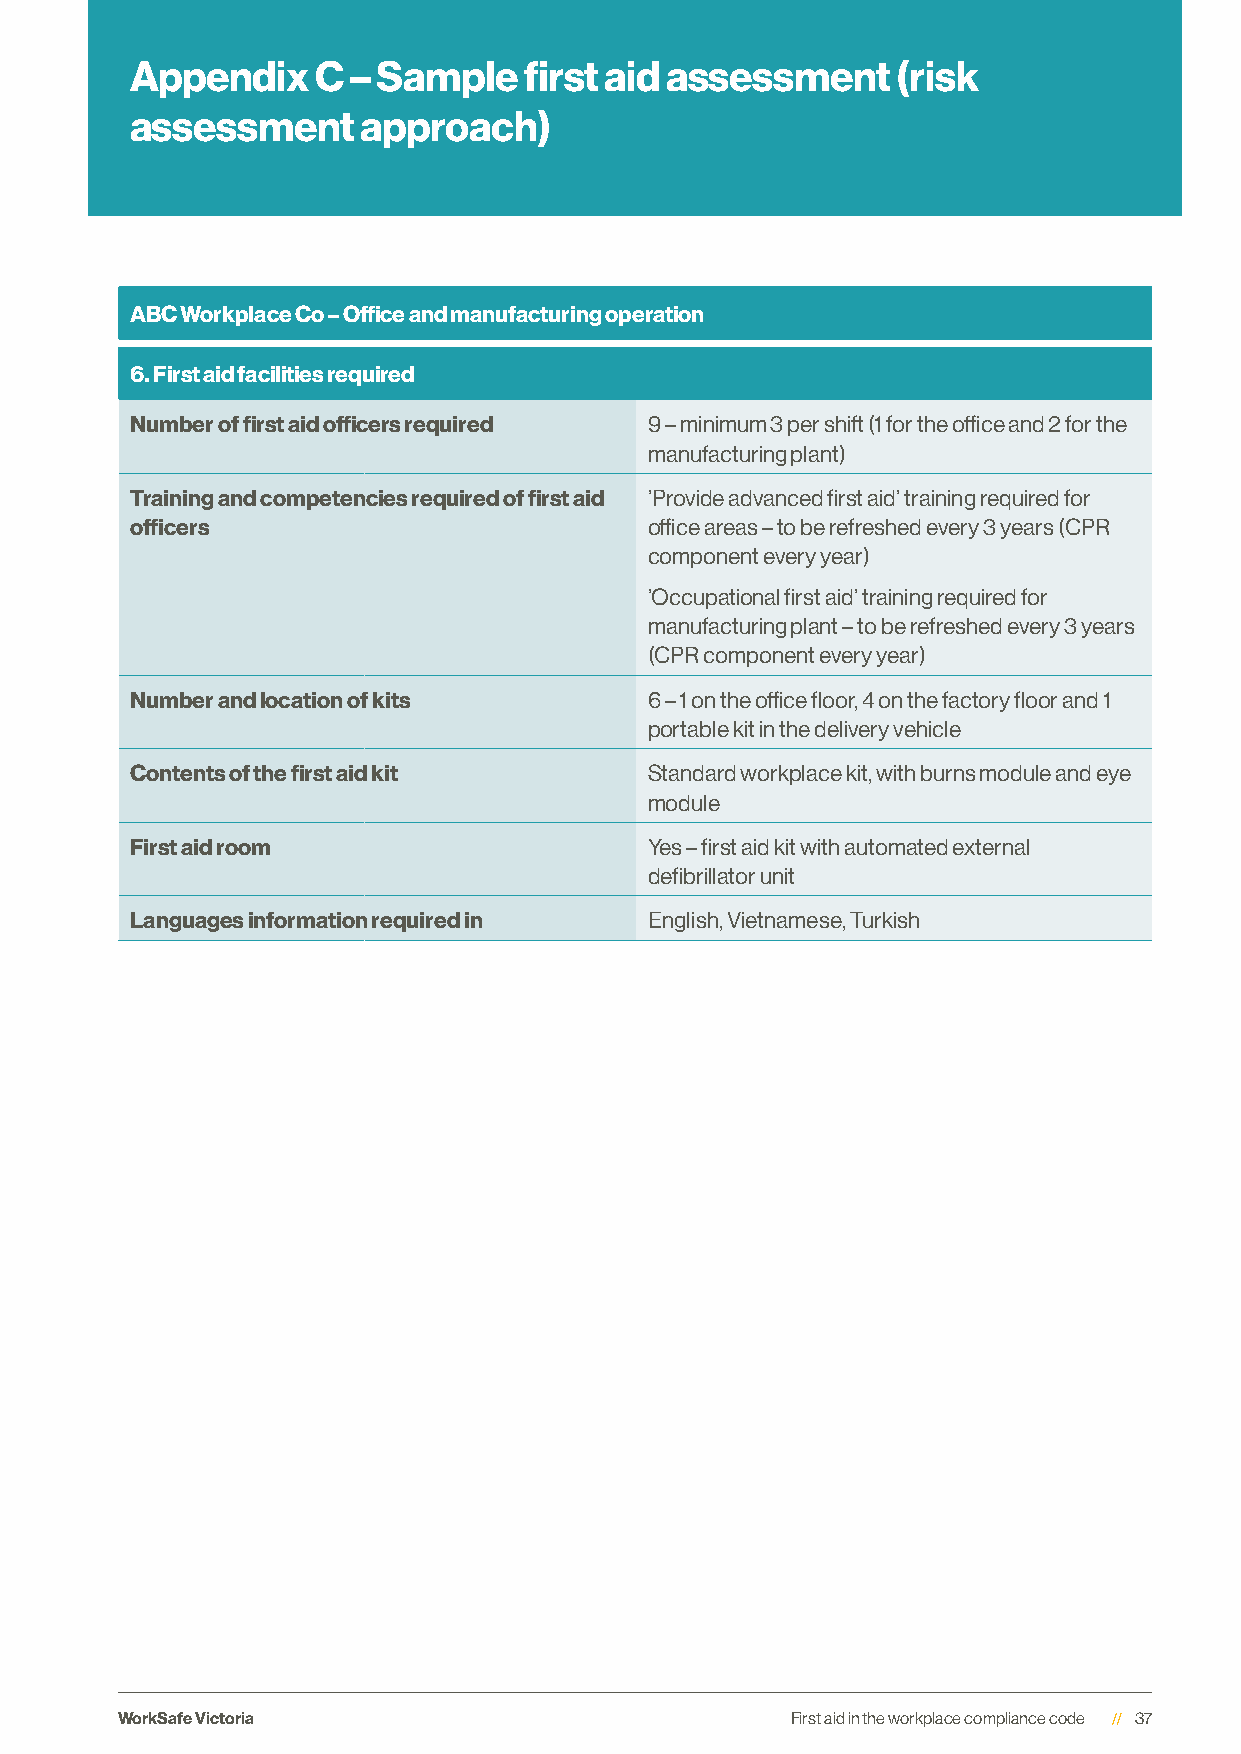
Appendix    C – Sample    first aid assessment    (risk
 assessment     approach)
 ABC Workplace Co – Office and manufacturing operation
 6. First aid facilities required
 Number of first aid officers required 9 – minimum 3 per shift (1 for the office and 2 for the
 manufacturing plant)
 Training and competencies required of first aid ’Provide advanced first aid’ training required for
 officers                          office areas – to be refreshed every 3 years (CPR
 component every year)
 ’Occupational first aid’ training required for
 manufacturing plant – to be refreshed every 3 years
 (CPR component every year)
 Number and location of kits       6 – 1 on the office floor, 4 on the factory floor and 1
 portable kit in the delivery vehicle
 Contents of the first aid kit     Standard workplace kit, with burns module and eye
 module
 First aid room                    Yes – first aid kit with automated external
 defibrillator unit
 Languages information required in English, Vietnamese, Turkish
 WorkSafe Victoria                           First aid in the workplace compliance code 37